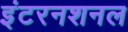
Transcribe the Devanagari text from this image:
इंटरनशनल